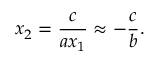
x _ { 2 } = { \frac { c } { a x _ { 1 } } } \approx - { \frac { c } { b } } .